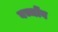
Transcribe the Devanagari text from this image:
बच्चोंव